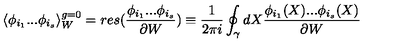
\langle \phi _ { i _ { 1 } } . . . \phi _ { i _ { s } } \rangle _ { W } ^ { g = 0 } = r e s ( \frac { \phi _ { i _ { 1 } } . . . \phi _ { i _ { s } } } { \partial W } ) \equiv \frac { 1 } { 2 \pi i } \oint _ { \gamma } d X \frac { \phi _ { i _ { 1 } } ( X ) . . . \phi _ { i _ { s } } ( X ) } { \partial W }